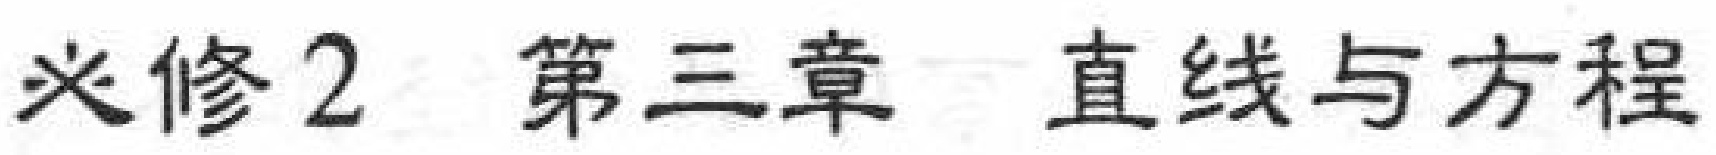
必修2 第三章 直线与方程